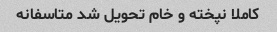
کاملا نپخته و خام تحویل شد متاسفانه